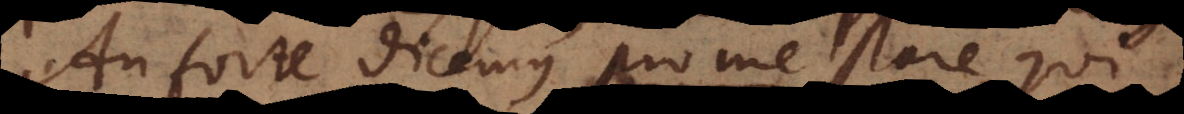
An forte dicemus pro me stare qui